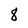
Character: 8